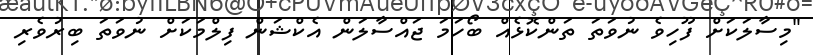
"މިސާލަކަށް ފޫހިވެ ނުވަތަ ތަންކޮޅެއް ބޯހަމަ ޖައްސާލަން އެކްޝަން ފިލްމަކަށް ނުވަތަ ބިރުވެރި